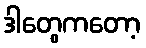
ဒါတွေကတော့